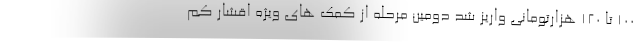
۱۰۰ تا ۱۲۰ هزارتومانی واریز شد دومین مرحله از کمک های ویژه اقشار کم